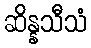
ဆိန္နသီသံ